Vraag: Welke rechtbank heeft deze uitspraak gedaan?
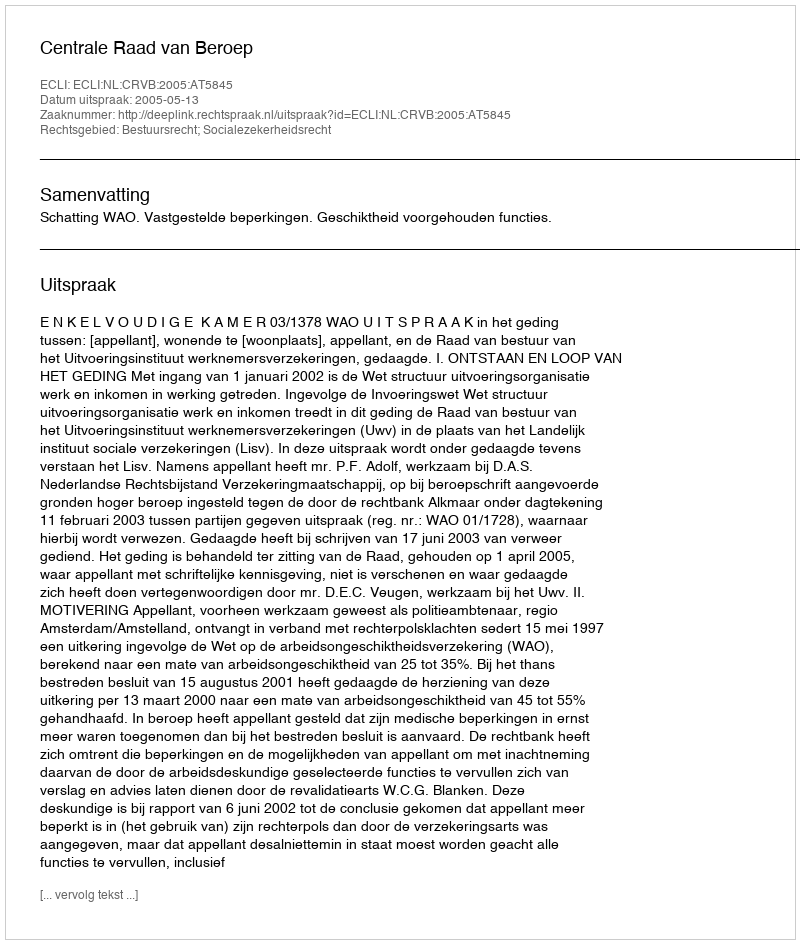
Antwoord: Centrale Raad van Beroep